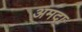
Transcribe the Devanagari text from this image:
अमदा